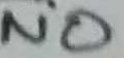
Text: NO